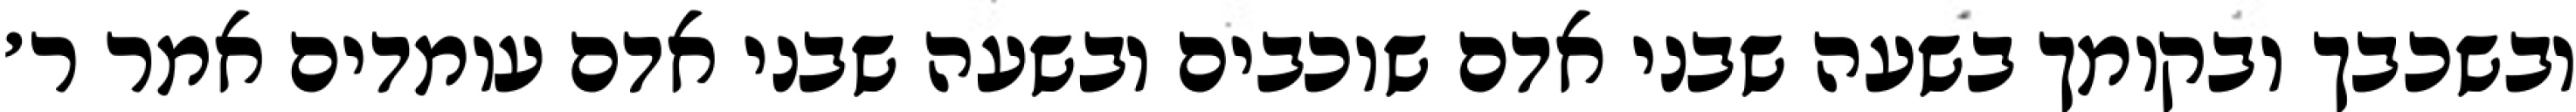
ובשכבך ובקומך בשעה שבני אדם שוכבים ובשעה שבני אדם עומדים אמר ר׳